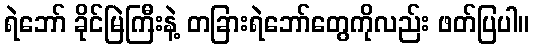
ရဲဘော် ခိုင်မြဲကြီးနဲ့ တခြားရဲဘော်တွေကိုလည်း ဖတ်ပြပါ။